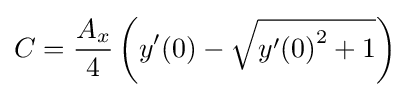
C={\frac {A_{x}}{4}}\left(y'(0)-{\sqrt {{y'(0)}^{2}+1}}\right)